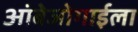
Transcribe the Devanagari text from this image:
आंबेजोगाईला